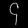
Digit: ၄